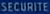
SECURITE